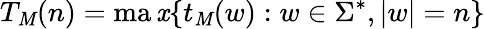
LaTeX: T_{\mathit{M}}(n)=\operatorname*{ma\mathit{x}}\{ t_{\mathit{M}}(w):w\in\Sigma^{*},|w|=n\}